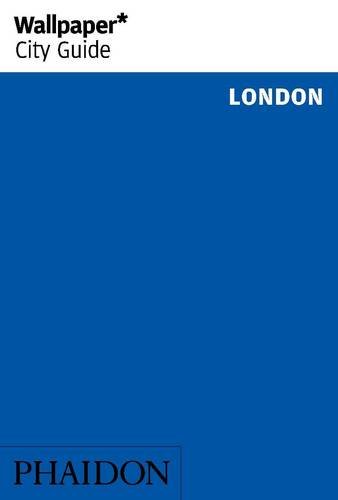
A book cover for Wallpaper* City Guide London 2015; Wallpaper*; Travel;